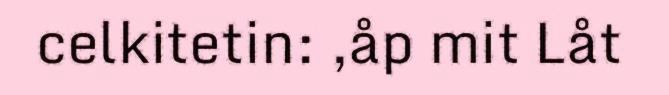
celkitetin: ,åp mit Låt